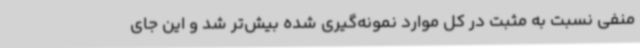
منفی نسبت به مثبت در کل موارد نمونه‌گیری شده بیش‌تر شد و این جای